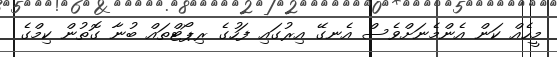
މީހެއް ކަން އެންމެނަށްވެސް އެނގޭ އިރުގައި ފަހުގެ ރިޕޯޓްތައް ބުނާ ގޮތުން ކިމްގެ